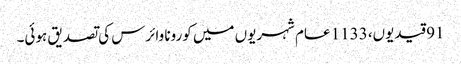
91 قیدیوں، 1133 عام شہریوں میں کورونا وائرس کی تصدیق ہوئی۔